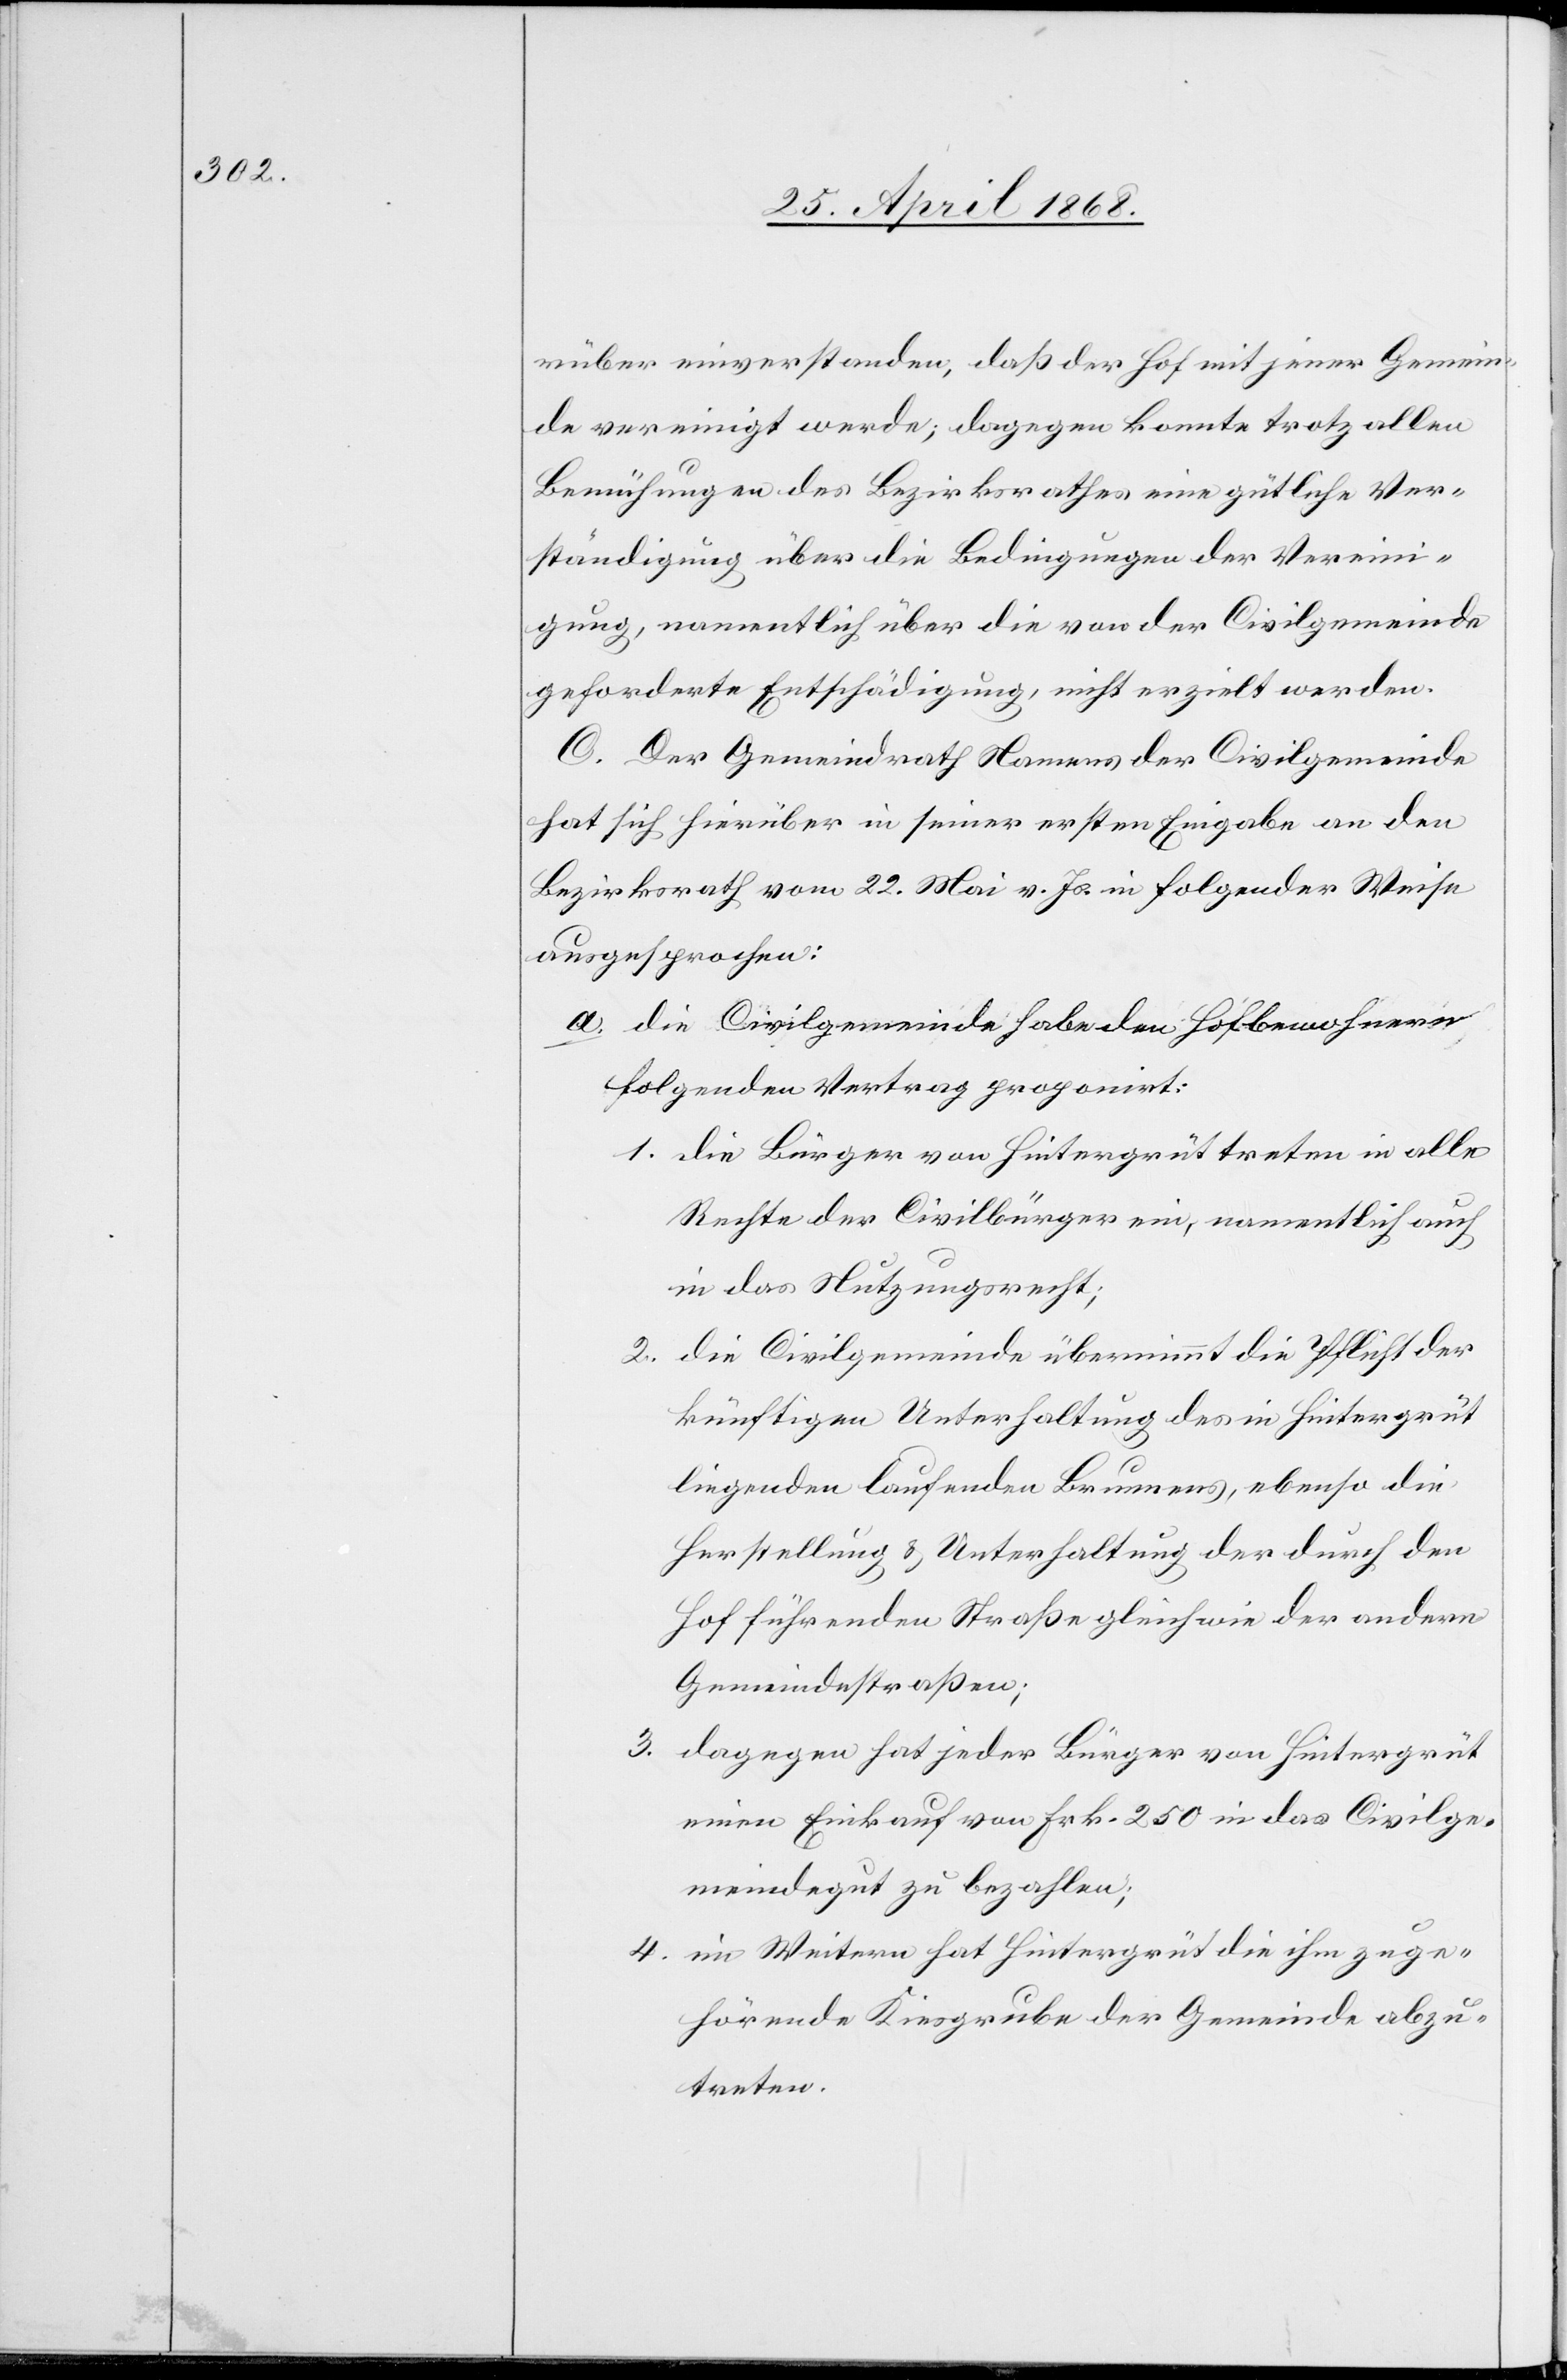
rüber einverstanden, daß der Hof mit jener Gemein¬
de vereinigt werde; dagegen konnte trotz allen
Bemühungen des Bezirksrathes eine gütliche Ver¬
ständigung über die Bedingungen der Vereini¬
gung, namentlich über die von der Civilgemeinde
geforderte Entschädigung, nicht erzielt werden.
C. Der Gemeindrath Namens der Civilgemeinde
hat sich hierüber in seiner ersten Eingabe an den
Bezirksrath vom 22. Mai v. Js. in folgender Weise
ausgesprochen:
die Civilgemeinde habe den Hofbewohnern
folgenden Vertrag proponirt:
die Bürger von Hintergrüt treten in alle
Rechte der Civilbürger ein, namentlich auch
in das Nutzungsrecht;
die Civilgemeinde übernimmt die Pflicht der
künftigen Unterhaltung des in Hintergrüt
liegenden laufenden Brunnens, ebenso die
Herstellung & Unterhaltung der durch den
Hof führenden Straße gleich wie der andern
Gemeindestraßen;
dagegen hat jeder Bürger von Hintergrüt
einen Einkauf von Frk. 250 in das Civilge¬
meindegut zu bezahlen;
im Weitern hat Hintergrüt die ihm zuge¬
hörende Kiesgrube der Gemeinde abzu¬
treten.